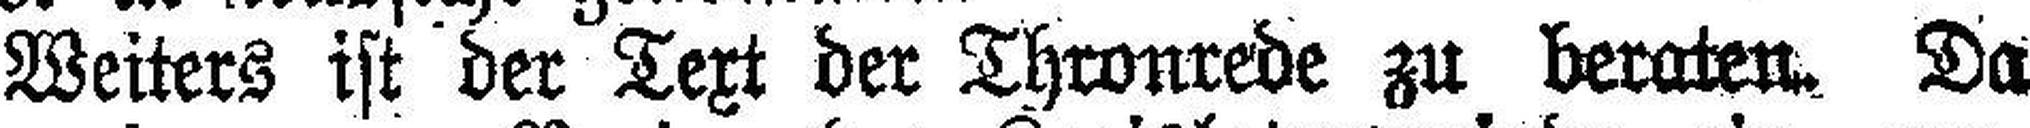
Weiters ist der Text der Thronrede zu beraten. Da